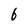
Character: b